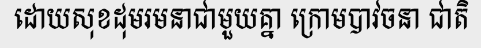
ដោយសុខដុមរមនាជាមួយគ្នា ក្រោមបាវចនា ជាតិ